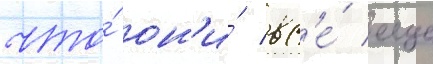
что́ он'и́ вс'е́ еще